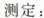
测定：